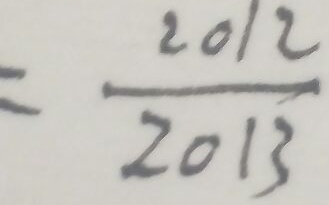
= \frac { 2 0 1 2 } { 2 0 1 3 }